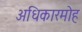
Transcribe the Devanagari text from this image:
अधिकारमोह